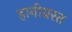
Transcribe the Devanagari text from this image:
हानीग्रस्त